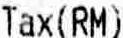
TAX(RM)